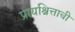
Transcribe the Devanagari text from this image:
प्रायश्चित्ताची